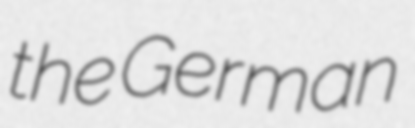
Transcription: the German